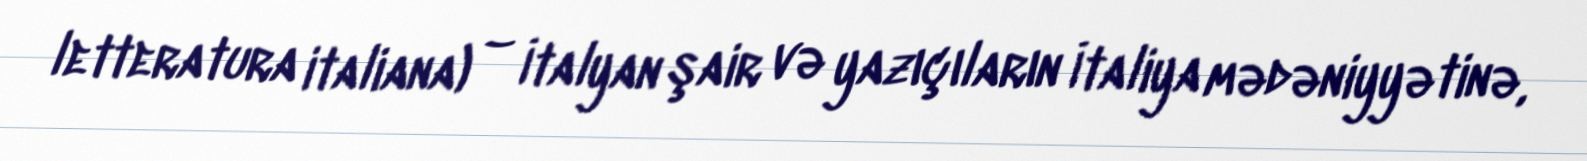
letteratura italiana) – İtalyan şair və yazıçıların İtaliya mədəniyyətinə,